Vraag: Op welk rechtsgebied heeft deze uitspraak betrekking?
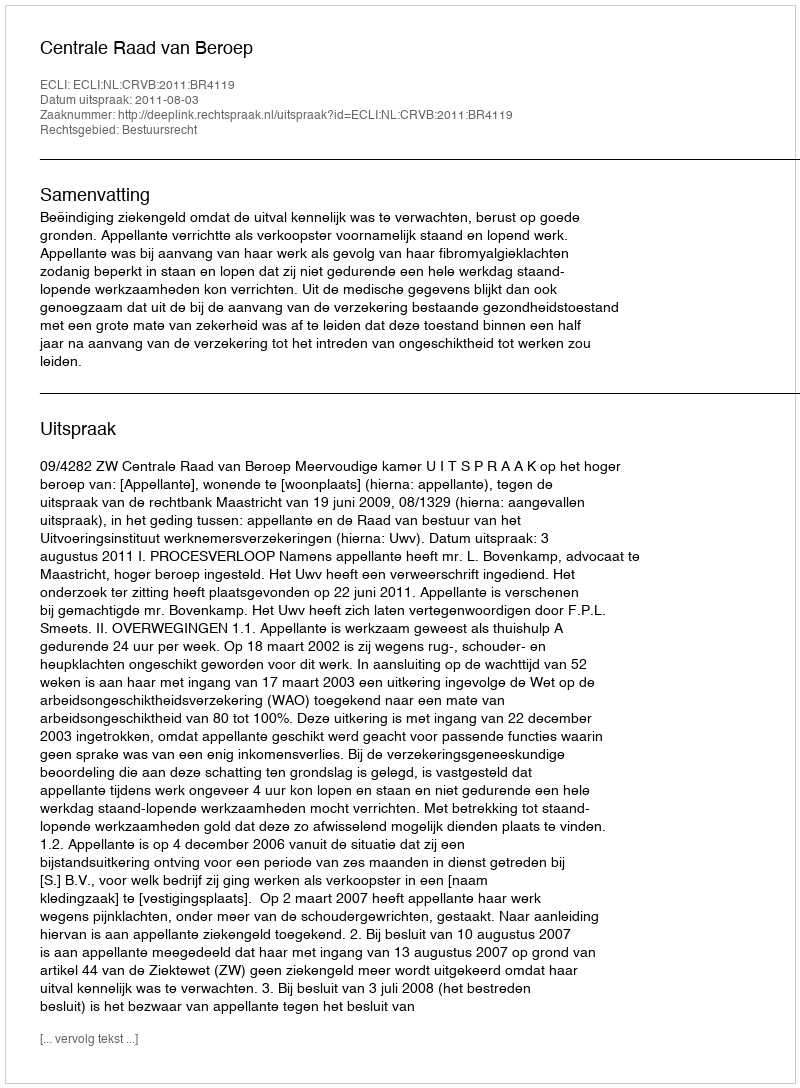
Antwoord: Bestuursrecht